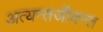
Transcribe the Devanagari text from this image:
अत्यन्तजीवन्त